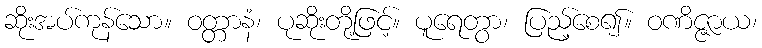
ဆိုးအပ်ကုန်သော။ ဝတ္တာနံ၊ ပုဆိုးတို့ဖြင့်။ ပူရေတွာ၊ ပြည့်စေ၍။ ဝဏိဇ္ဇာယ၊